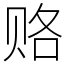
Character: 赂